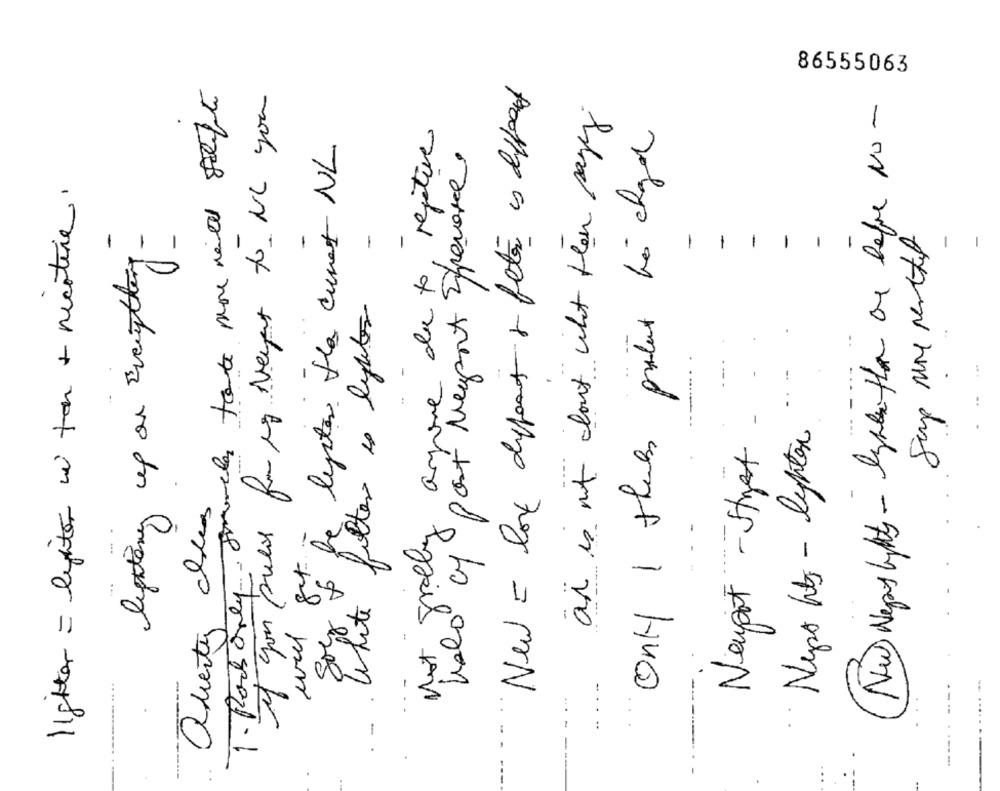
86555063
If you pull formeg Neyet to NC you
New = love different & beter is different
är is mit dont iht Hen sayy
New Negos bitty - lyse then ar before No -
e de to, rejative
Only 1 thers protut to algal
will out to lygter the current NL
Port Neyport Experience.
lighter = lighter is ten + nicotine.
lighting up on Everything-
-
-
-
-
1
1
White filter is lytter
Not gradby anyone
·· Nepo hits - lighter ...
Newport - Street -
avertir alles
-
.